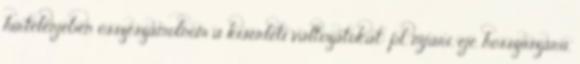
hirtelenjében összeszámolnom a kísérleti változatokat: pl. nyári, eje. hosszúszárú,